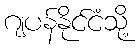
ဂျပန်နိုင်ငံသို့